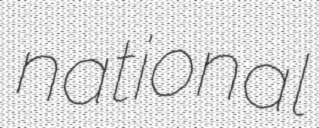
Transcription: national